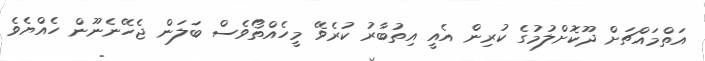
އަތްމައްޗަށް ދޫކޮށްލުމުގެ ކުރިން އެއީ އިތުބާރު ކުރެވޭ މީހެއްތޯވެސް ބަލަން ޖެހޭނެނޫން ހެއްޔެވެ